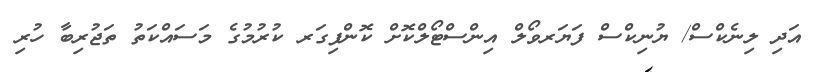
އަދި ލިނެކްސް/ ޔުނިކްސް ފަޔަރވޯލް އިންސްޓޯލްކޮށް ކޮންފިގަރ ކުރުމުގެ މަސައްކަތު ތަޖުރިބާ ހުރި